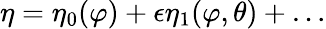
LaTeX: \eta=\eta_{0}(\varphi)+\epsilon\eta_{1}(\varphi,\theta)+\dots